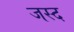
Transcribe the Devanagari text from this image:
जस्द